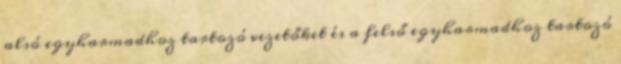
alsó egyharmadhoz tartozó vezetőket és a felső egyharmadhoz tartozó